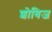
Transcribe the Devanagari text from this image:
शोबिज